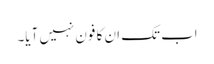
اب تک ان کا فون نہیں آیا۔